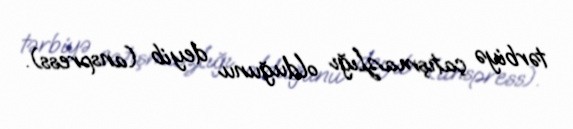
tərbiyə çatışmazlığı olduğunu deyib (anspress).